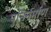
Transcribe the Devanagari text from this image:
पुनिर्नर्माण